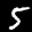
Label: 5